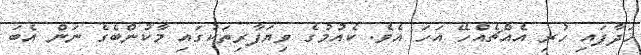
ހަދާފައި ހުރި އެއްޗެއްހޭ އަހަ އެވެ. ކެއުމުގެ ވިޔަފާރިތަކުގައި މާކުންބެގެ ނަން އެބަ